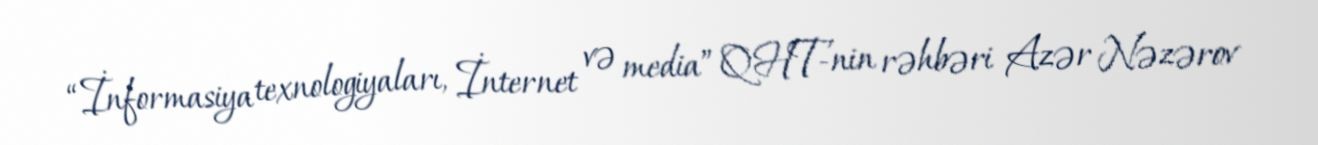
“İnformasiya texnologiyaları, İnternet və media” QHT-nin rəhbəri Azər Nəzərov